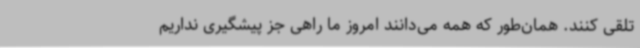
تلقی کنند. همان‌طور که همه می‌دانند امروز ما راهی جز پیشگیری نداریم